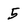
Character: 5